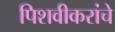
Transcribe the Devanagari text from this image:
पिशवीकरांचे